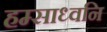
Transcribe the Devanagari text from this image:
हम्साध्वनि